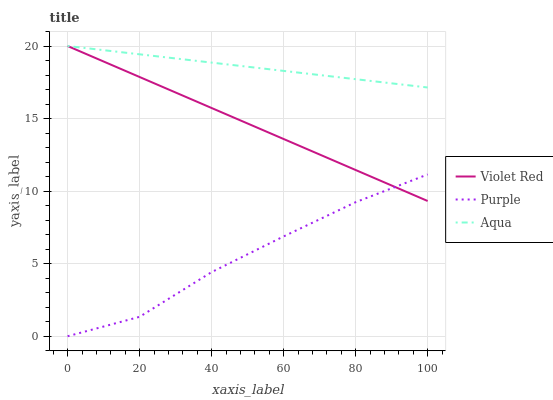
| xaxis_label | Violet Red | Purple | Aqua |
 | --- | --- | --- | --- |
 | 0 | 20 | 0 | 20 |
 | 20 | 17.9 | 1.34 | 19.4 |
 | 40 | 15.7 | 4.42 | 18.9 |
 | 60 | 13.6 | 6.88 | 18.3 |
 | 80 | 11.5 | 9.24 | 17.7 |
 | 100 | 9.32 | 11.1 | 17.1 |